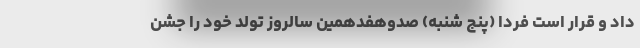
داد و قرار است فردا (پنج شنبه) صدوهفدهمین سالروز تولد خود را جشن